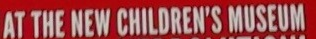
AT THE NEW CHILDREN'S MUSEUM